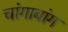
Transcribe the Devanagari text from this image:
चांगाबांग